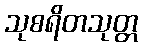
သုစရိတသုတ္တ